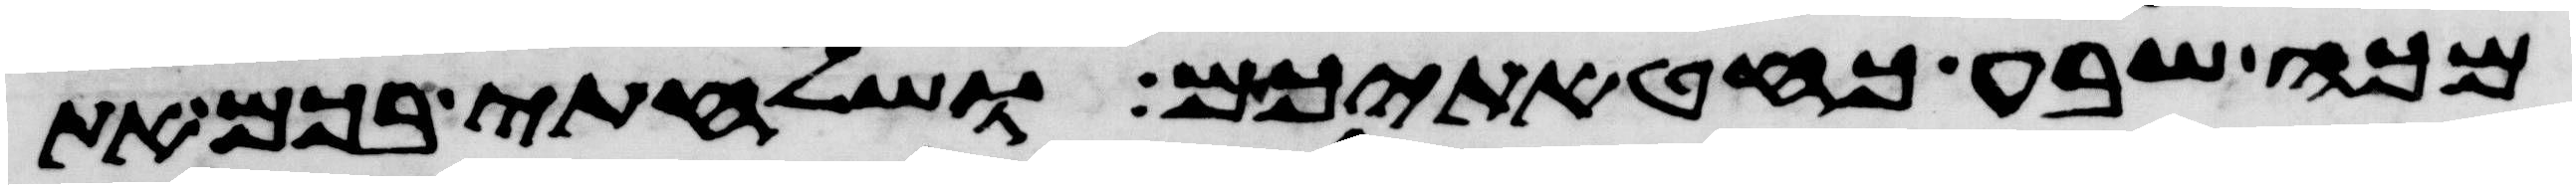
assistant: מכה שבע כחטאתיכם ושלחתי בכם את